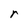
Character: r